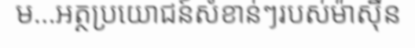
ម...អត្ថប្រយោជន៍សំខាន់ៗរបស់ម៉ាស៊ីន